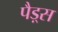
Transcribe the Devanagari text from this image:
पैड़्स